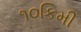
૧૦કિમી